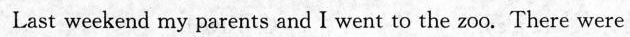
Last weekend my parents and I went to the zoo. There were